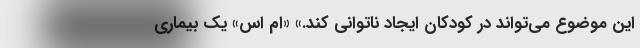
این موضوع می‌تواند در کودکان ایجاد ناتوانی کند.» «ام اس» یک بیماری